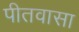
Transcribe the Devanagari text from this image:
पीतवासा